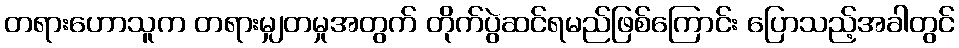
တရားဟောသူက တရားမျှတမှုအတွက် တိုက်ပွဲဆင်ရမည်ဖြစ်ကြောင်း ပြောသည့်အခါတွင်